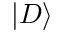
\left\vert D \right\rangle